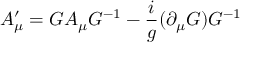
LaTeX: \ A _ { \mu } ^ { \prime } = G A _ { \mu } G ^ { - 1 } - { \frac { i } { g } } ( \partial _ { \mu } G ) G ^ { - 1 }